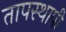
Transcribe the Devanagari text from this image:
तापस्थापी